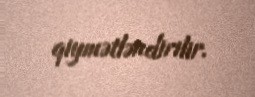
qiymətləndirilir.